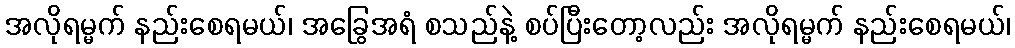
အလိုရမ္မက် နည်းစေရမယ်၊ အခြွေအရံ စသည်နဲ့ စပ်ပြီးတော့လည်း အလိုရမ္မက် နည်းစေရမယ်၊